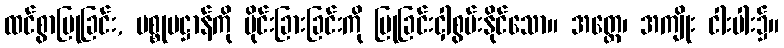
ထင်စွာပြုခြင်း, ပစ္စုပဋ္ဌာန်ကို ပိုင်းခြားခြင်းကို ပြုခြင်းငှါစွမ်းနိုင်သော။ အတ္ထေ၊ အကျိုး ငါးပါး၌။